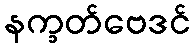
နက္ခတ်ဗေဒင်